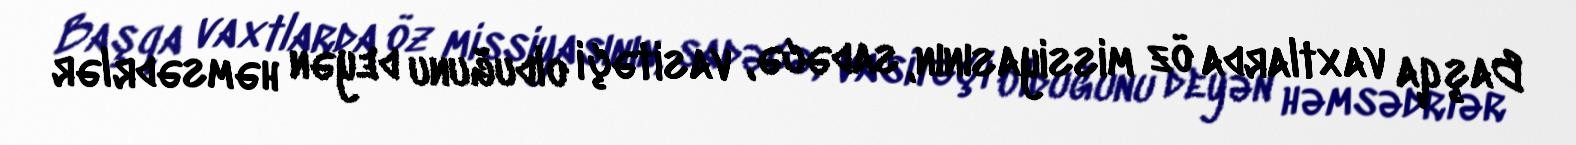
Başqa vaxtlarda öz missiyasının, sadəcə, vasitəçi olduğunu deyən həmsədrlər